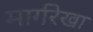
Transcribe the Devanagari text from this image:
मार्गरेखा